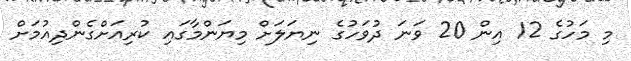
މި މަހުގެ 12 އިން 20 ވަނަ ދުވަހުގެ ނިޔަލަށް މިޔަންމާގައި ކުރިއަށްގެންދިއުމަށް